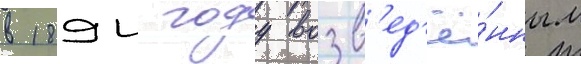
в 1894 году возв'ед'ё́нным